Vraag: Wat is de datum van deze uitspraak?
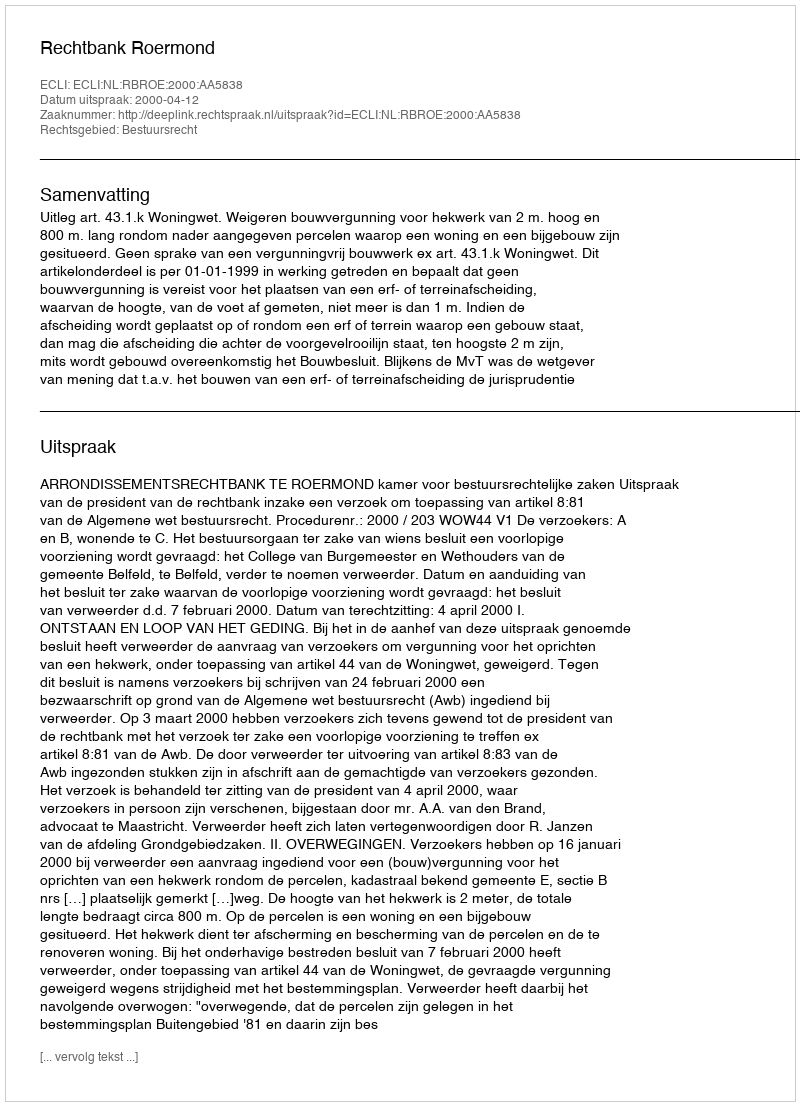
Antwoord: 2000-04-12